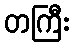
တကြီး